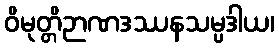
ဝိမုတ္တိဉာဏဒဿနသမ္ပဒါယ၊